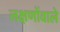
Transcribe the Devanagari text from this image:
लक्षणोंवाले